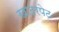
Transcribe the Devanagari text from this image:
खादरपेट